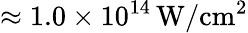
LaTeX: \approx 1.0\times 10^{14}\, \mathrm{W/cm^{2}}